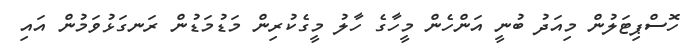
ހޮސްޕިޓަލުން މިއަދު ބުނީ އަންހެން މީހާގެ ހާލު މީގެކުރިން މަޑުމަޑުން ރަނގަޅުވަމުން އައި